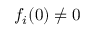
f _ { i } ( 0 ) \not = 0